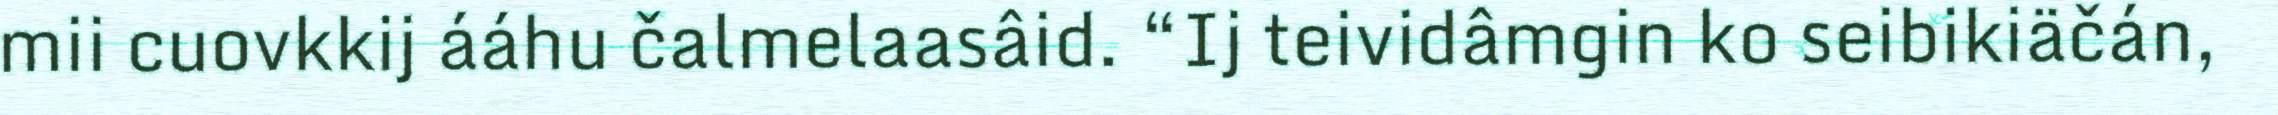
mii cuovkkij ááhu čalmelaasâid. “Ij teividâmgin ko seibikiäčán,